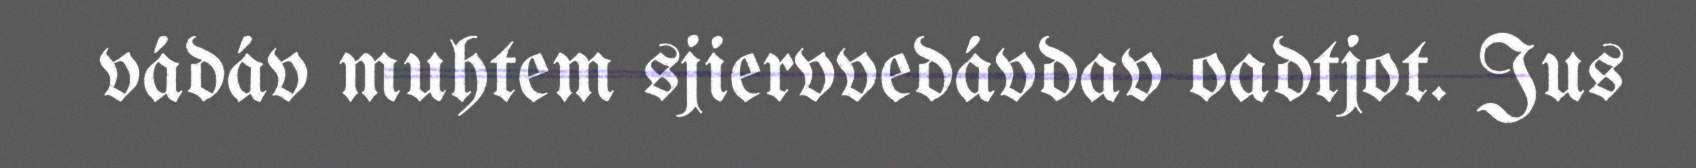
vádáv muhtem sjiervvedávdav oadtjot. Jus